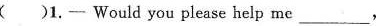
( )1.- Would you please help me ___,